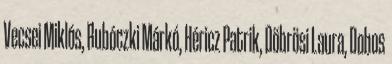
Vecsei Miklós, Rubóczki Márkó, Héricz Patrik, Döbrösi Laura, Dobos